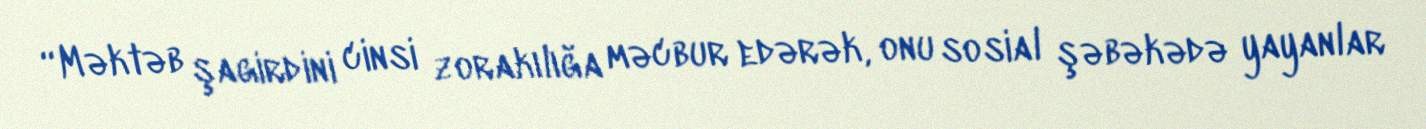
“Məktəb şagirdini cinsi zorakılığa məcbur edərək, onu sosial şəbəkədə yayanlar